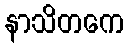
နာသိတကေ